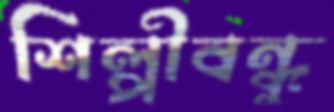
শিল্পীবন্ধু